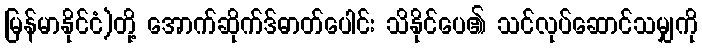
မြန်မာနိုင်ငံ)တို့ အောက်ဆိုက်ဒ်ဓာတ်ပေါင်း သိနိုင်ပေ၏ သင်လုပ်ဆောင်သမျှကို